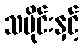
သမိုင်းနှင့်